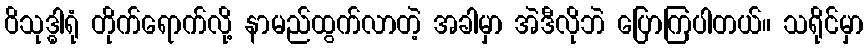
ဝိသုဒ္ဓါရုံ တိုက်ရောက်လို့ နာမည်ထွက်လာတဲ့ အခါမှာ အဲဒီလိုဘဲ ပြောကြပါတယ်။ သရိုင်မှာ